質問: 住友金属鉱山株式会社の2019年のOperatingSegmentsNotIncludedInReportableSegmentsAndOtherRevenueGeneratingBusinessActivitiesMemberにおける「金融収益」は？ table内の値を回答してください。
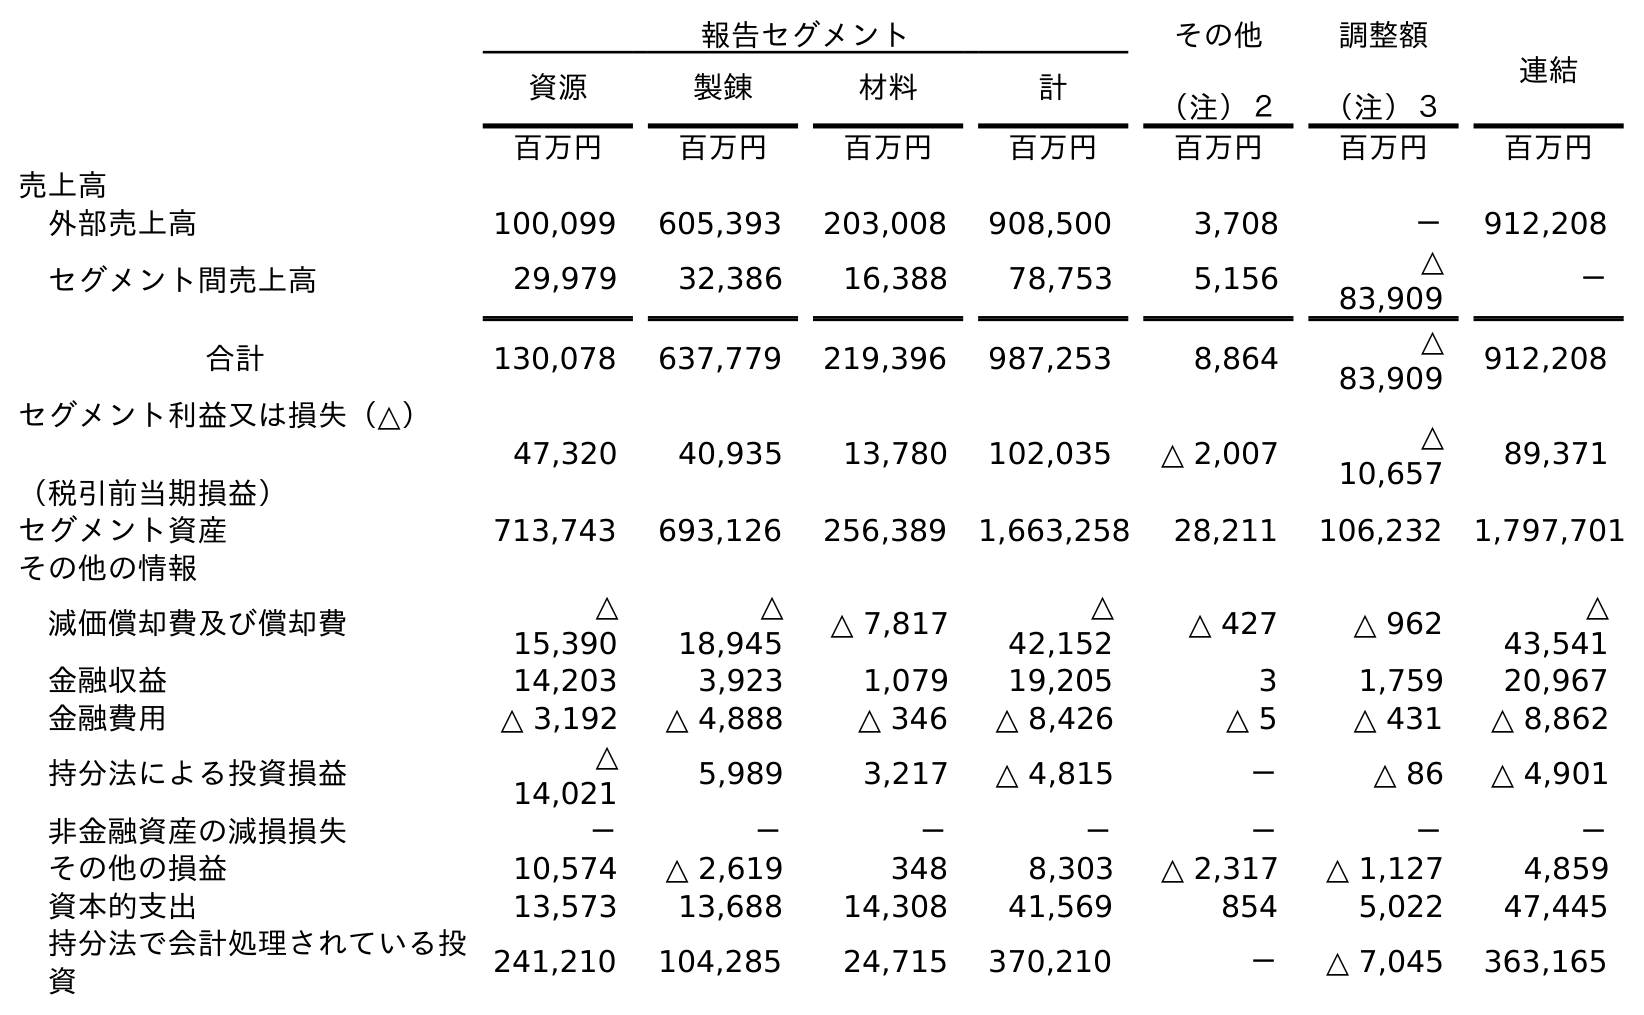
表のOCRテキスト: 報告セグメント その他 （注）２ 調整額 （注）３ 連結 資源 製錬 材料 計 百万円 百万円 百万円 百万円 百万円 百万円 百万円 売上高 外部売上高 100,099 605,393 203,008 908,500 3,708 － 912,208 セグメント間売上高 29,979 32,386 16,388 78,753 5,156 △ 83,909 － 合計 130,078 637,779 219,396 987,253 8,864 △ 83,909 912,208 セグメント利益又は損失（△） （税引前当期損益） 47,320 40,935 13,780 102,035 △ 2,007 △ 10,657 89,371 セグメント資産 713,743 693,126 256,389 1,663,258 28,211 106,232 1,797,701 その他の情報 減価償却費及び償却費 △ 15,390 △ 18,945 △ 7,817 △ 42,152 △ 427 △ 962 △ 43,541 金融収益 14,203 3,923 1,079 19,205 3 1,759 20,967 金融費用 △ 3,192 △ 4,888 △ 346 △ 8,426 △ 5 △ 431 △ 8,862 持分法による投資損益 △ 14,021 5,989 3,217 △ 4,815 － △ 86 △ 4,901 非金融資産の減損損失 － － － － － － － その他の損益 10,574 △ 2,619 348 8,303 △ 2,317 △ 1,127 4,859 資本的支出 13,573 13,688 14,308 41,569 854 5,022 47,445 持分法で会計処理されている投 資 241,210 104,285 24,715 370,210 － △ 7,045 363,165
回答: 3